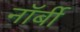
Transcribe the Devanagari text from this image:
नॉर्बी